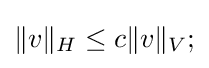
\|v\|_{H}\leq c\|v\|_{V};